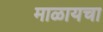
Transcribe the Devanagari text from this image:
माळायचा